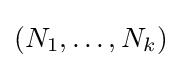
(N_{1},\ldots ,N_{k})